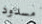
مسدود